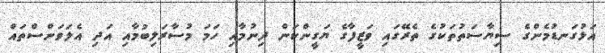
އަޅުގަނޑުމެންގެ ސިޔާސަތުތަކުގެ ތެރޭގައި ވަޒީފާގެ ޔަގީންކަން ދިނުމާއި ހަމަ މުސާރަލިބުމާއި އަދި އެލަވަންސްތައް